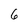
Character: 6